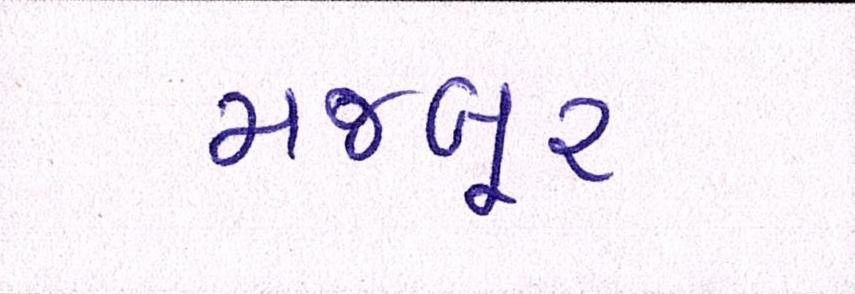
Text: મજબૂર